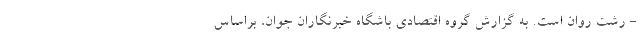
- رشت روان است. به گزارش گروه اقتصادی باشگاه خبرنگاران جوان، براساس